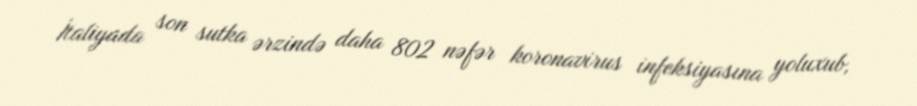
İtaliyada son sutka ərzində daha 802 nəfər koronavirus infeksiyasına yoluxub,